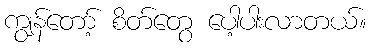
ကျွန်တော့် စိတ်တွေ ပေါ့ပါးလာတယ်။